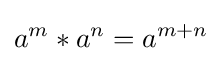
a^{m}*a^{n}=a^{m+n}